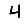
Digit: 4